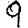
Digit: 9